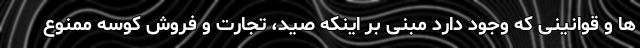
ها و قوانینی که وجود دارد مبنی بر اینکه صید، تجارت و فروش کوسه ممنوع